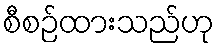
စီစဉ်ထားသည်ဟု